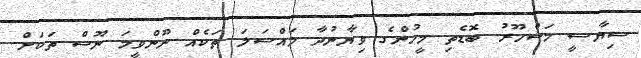
ސިޔާސީ މަޝްހޫރު ބޮޑެތި މީހުންގެ ވިޔާނުދާ މައްސަލަ ތަކެއް ނޫންވީމަ ނޫސް ތަކަށް